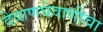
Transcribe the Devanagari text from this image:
देवाणघेवाणीचा